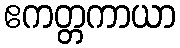
ဧကတ္တကာယာ